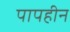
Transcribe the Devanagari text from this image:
पापहीन